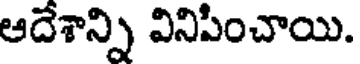
ఆదేశాన్ని వినిపించాయి.